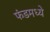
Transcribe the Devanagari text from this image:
फंडमध्ये